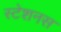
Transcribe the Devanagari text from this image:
स्टेशनस